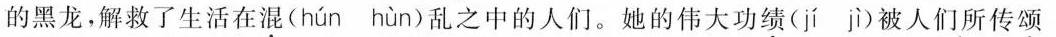
的黑龙，解救了生活在混( hún hùn )乱之中的人们。她的伟大功绩( jí jì )被人们所传颂